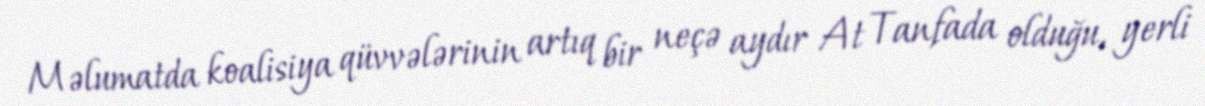
Məlumatda koalisiya qüvvələrinin artıq bir neçə aydır At Tanfada olduğu, yerli